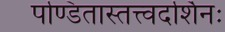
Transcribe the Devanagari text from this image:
पण्डितास्तत्त्वदर्शिनः